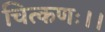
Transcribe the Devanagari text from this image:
चित्कणः।।